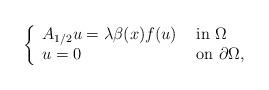
LaTeX: \begin{align*}\left\{\begin{array}{ll}A_{1/2}u=\lambda \beta(x)f(u) & \mbox{ in } \Omega\\u=0 & \mbox{ on } \partial\Omega,\end{array}\right.\end{align*}